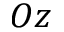
O z